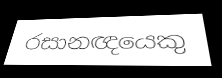
රසානඥයෙකු